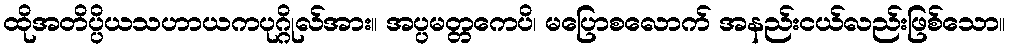
ထိုအတိပ္ပိယသဟာယကပုဂ္ဂိုလ်အား။ အပ္ပမတ္တကေပိ၊ မပြောစလောက် အနည်းငယ်လည်းဖြစ်သော။